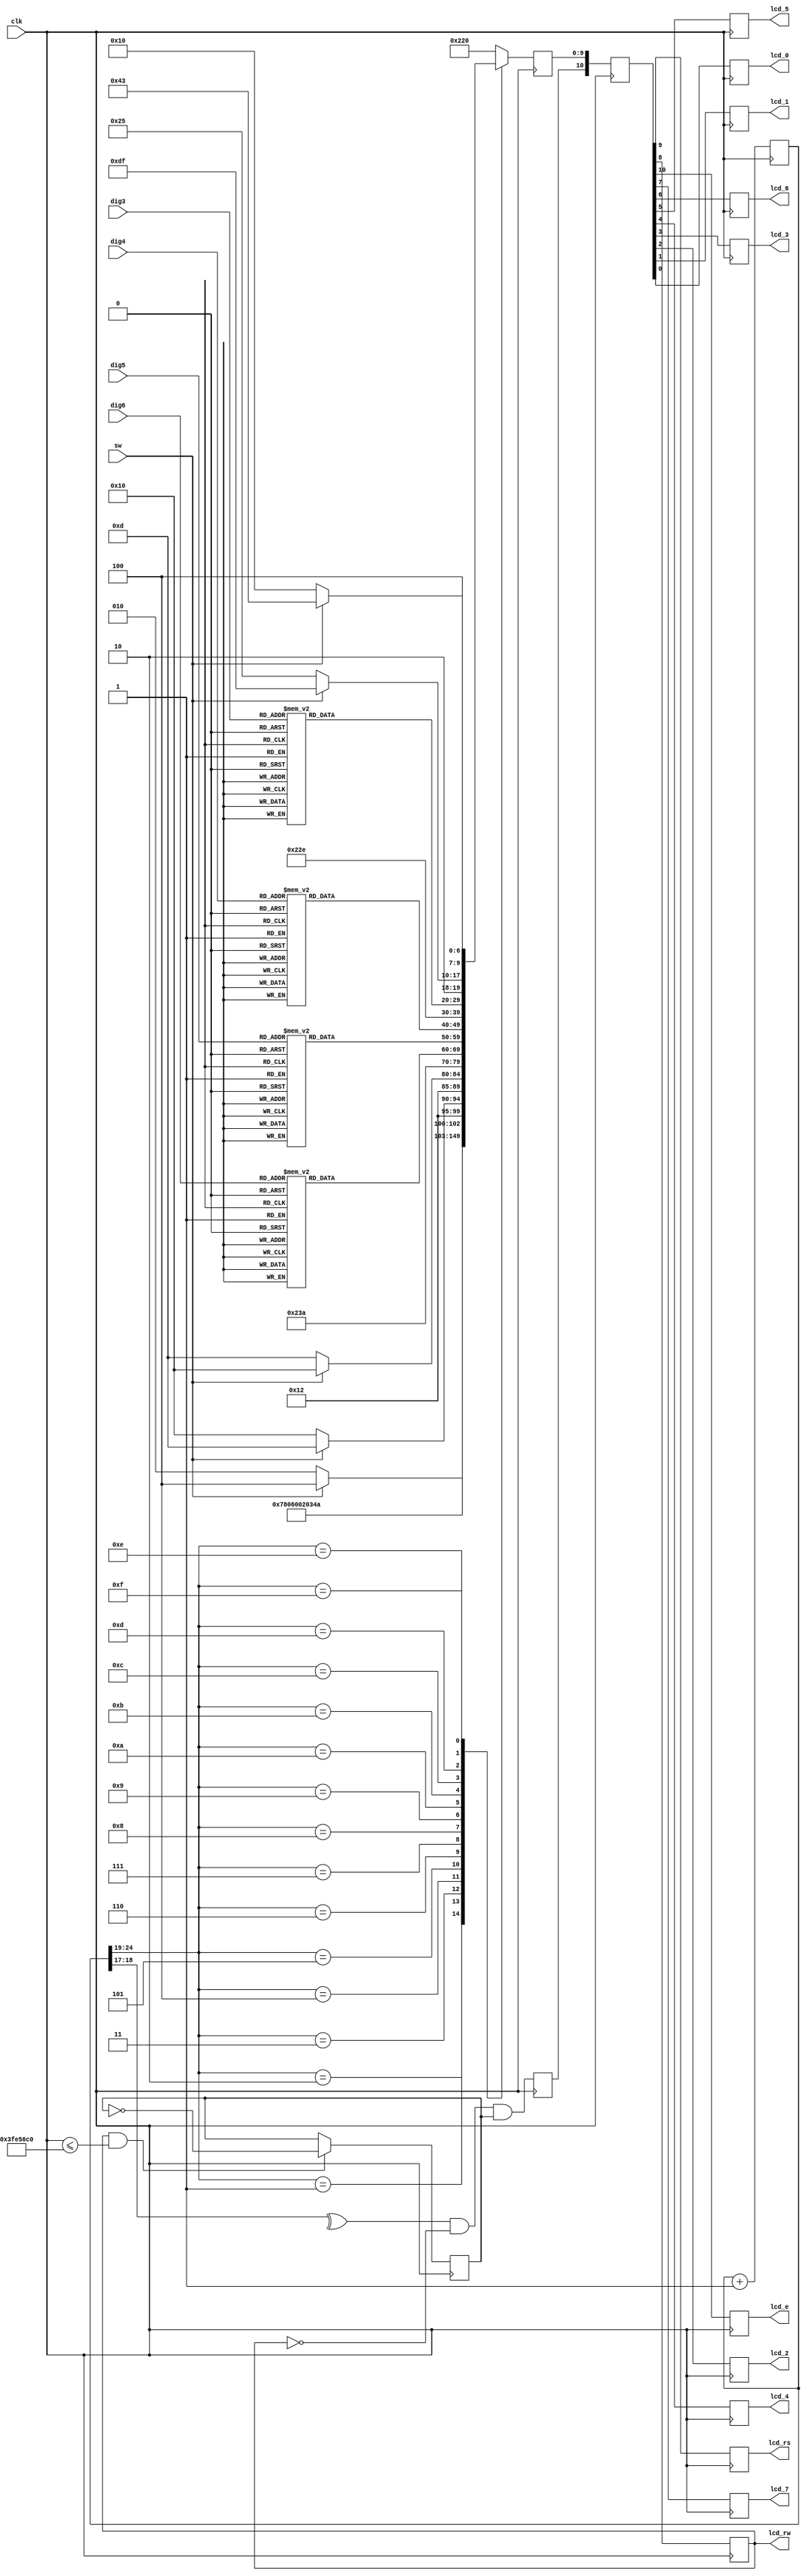
`timescale 1ns / 1ps

module LCD_Module(
	clk,
	lcd_rs,
	lcd_rw,
	lcd_e,
	lcd_7,
	lcd_6,
	lcd_5,
	lcd_4,
	lcd_3,
	lcd_2,
	lcd_1,
	lcd_0,
	dig3,
	dig4,
	dig5,
	dig6,
	sw
	
    );

	input wire clk;
	
	//LCD outputs
    output reg lcd_rs;
    output reg lcd_rw;
    output reg lcd_e;
    output reg lcd_7;
    output reg lcd_6;
    output reg lcd_5;
    output reg lcd_4;
    output reg lcd_3;
    output reg lcd_2;
    output reg lcd_1;
    output reg lcd_0;
    
    //digits to be displayed on LCD
    input [3:0] dig3;
    input [3:0] dig4;
    input [3:0] dig5;
    input [3:0] dig6;
    
    //variable to detect if LCD shows temp or RPM
    input sw;
	
	//Regs to hold alternatate display values
	reg [9:0] mode0;
	reg [9:0] mode1;
	reg [9:0] mode2;
	reg [9:0] modeop0;
	reg [9:0] modeop1;
	
	//Reg for binary to LCD
	reg [9:0] tach0;
	reg [9:0] tach1;
	reg [9:0] tach2;
	reg [9:0] tach3;
	
	//convert from reg to display
	always @(dig3)
		begin
			case(dig3)
				4'h0 : tach0 = 10'b1000110000; //0
                4'h1 : tach0 = 10'b1000110001; //1
                4'h2 : tach0 = 10'b1000110010; //2
                4'h3 : tach0 = 10'b1000110011; //3
                4'h4 : tach0 = 10'b1000110100; //4
                4'h5 : tach0 = 10'b1000110101; //5
                4'h6 : tach0 = 10'b1000110110; //6
                4'h7 : tach0 = 10'b1000110111; //7
                4'h8 : tach0 = 10'b1000111000; //8
                4'h9 : tach0 = 10'b1000111001; //9
			 default : tach0 = 10'b1000100000; // blank
			 endcase
		end

	always @(dig4)
		begin
			case(dig4)
				4'h0 : tach1 = 10'b1000110000; //0
				4'h1 : tach1 = 10'b1000110001; //1
				4'h2 : tach1 = 10'b1000110010; //2
				4'h3 : tach1 = 10'b1000110011; //3
				4'h4 : tach1 = 10'b1000110100; //4
				4'h5 : tach1 = 10'b1000110101; //5
				4'h6 : tach1 = 10'b1000110110; //6
				4'h7 : tach1 = 10'b1000110111; //7
				4'h8 : tach1 = 10'b1000111000; //8
				4'h9 : tach1 = 10'b1000111001; //9
			 default : tach1 = 10'b1000100000; // blank
			 endcase
		end 

	always @(dig5)
		begin
			case(dig5)
				4'h0 : tach2 = 10'b1000110000; //0
				4'h1 : tach2 = 10'b1000110001; //1
				4'h2 : tach2 = 10'b1000110010; //2
				4'h3 : tach2 = 10'b1000110011; //3
				4'h4 : tach2 = 10'b1000110100; //4
				4'h5 : tach2 = 10'b1000110101; //5
				4'h6 : tach2 = 10'b1000110110; //6
				4'h7 : tach2 = 10'b1000110111; //7
				4'h8 : tach2 = 10'b1000111000; //8
				4'h9 : tach2 = 10'b1000111001; //9
			 default : tach2 = 10'b1000100000; // blank
			 endcase
		end

	always @(dig6)
		begin
			case(dig6)
				4'h0 : tach3 = 10'b1000100000; // blank
				4'h1 : tach3 = 10'b1000110001; //1
				4'h2 : tach3 = 10'b1000110010; //2
				4'h3 : tach3 = 10'b1000110011; //3
				4'h4 : tach3 = 10'b1000110100; //4
				4'h5 : tach3 = 10'b1000110101; //5
				4'h6 : tach3 = 10'b1000110110; //6
				4'h7 : tach3 = 10'b1000110111; //7
				4'h8 : tach3 = 10'b1000111000; //8
				4'h9 : tach3 = 10'b1000111001; //9
			 default : tach3 = 10'b1000100000; // blank
			 endcase
		end
		//Check which mode display is in
		 always @(*)
             begin
               if(sw == 1)
                   begin
                    mode0 <= 10'b1001010100;    //T
                    mode1 <= 10'b1001001101;    //M
                    mode2 <= 10'b1001010000;    //P
                    modeop0 <= 10'b1011011111;  //o
                    modeop1 <= 10'b1001000011;  //C
                   end
                else
                    begin
                    mode0 <= 10'b1001010010;    //R
                    mode1 <= 10'b1001010000;    //P
                    mode2 <= 10'b1001001101;    //M
                    modeop0 <= 10'b1000100101;   //%
                    modeop1 <= 10'b1000010000;    //nothing
                   end
                
                    
             end  
		
	
	
	//lcd |RS|RW|D0-D7| 10 bits
	reg [9:0] lcd_code;
	
	//lcd plus data line
	reg [10:0] lcd_full;
	
	reg lcd_busy = 1;
	reg lcd_ste;
	
	parameter k = 17;
	reg [26:0] count=0;

	//display loop
	always @ (posedge clk)
		begin
			count <= count + 1;
			case (count[k+7:k+2])
				1: lcd_code <= 10'b0000111100; //function set
				
				2: lcd_code <= 10'b0000001100; //display on/off
				
				3: lcd_code <= 10'b0000000001; //display clear
				
				4: lcd_code <= 10'b0000000110; //entry mode set
				
				5: lcd_code <= mode0; 
				
				6: lcd_code <= mode1; 
				
				7: lcd_code <= mode2; 
				
				8: lcd_code <= 10'b1000111010; //:
				
				9: lcd_code <= tach3;
				
				10: lcd_code <= tach2;
				
				11: lcd_code <= tach1;
			
				12: lcd_code <=  10'b1000101110; //.
				
				13: lcd_code <= tach0;
				
				14: lcd_code <= modeop0;
				
				15: lcd_code <= modeop1;
								  
		    default: lcd_code <= 10'b1000100000;// read busy
			endcase
		      	
			if (lcd_rw & clk <= 67000000)
				lcd_busy <= ~lcd_busy;
				
			lcd_ste <= ^count[k+1:k+0] & ~lcd_rw & lcd_busy; //clkrate / 2^(k+2)
			lcd_full <= {lcd_ste,lcd_code};
			{lcd_e,lcd_rs,lcd_rw,lcd_7,lcd_6,lcd_5,lcd_4,lcd_3,lcd_2,lcd_1,lcd_0} <= lcd_full;
		end
	
endmodule